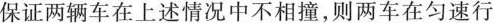
保证两辆车在上述情况中不相撞，则两车在匀速行